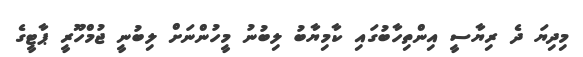
މިދިޔަ ދެ ރިޔާސީ އިންތިހާބުގައި ކާމިޔާބު ލިބުނު މީހުންނަށް ލިބުނީ ޖުމްހޫރީ ޕާޓީގެ